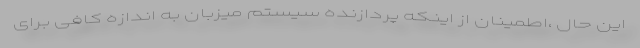
این حال ،اطمینان از اینکه پردازنده سیستم میزبان به اندازه کافی برای